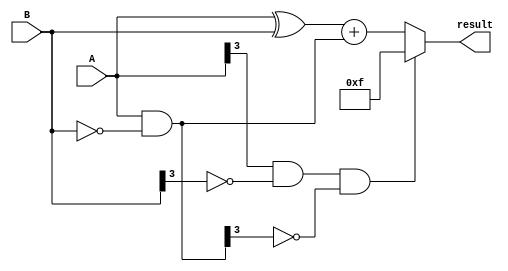
module subtractor(input [3:0] A, B, 
                  output reg [3:0] result);

  reg [3:0] diff;
  reg [3:0] borrow;
  reg overflow;

  assign diff = A ^ B;
  assign borrow = A & ~B;
  assign overflow = A[3] & ~B[3] & ~borrow[3];

  always @(*) begin
    if (overflow) begin
      result = 4'b1111;
    end else begin
      result = diff + borrow;
    end
  end

endmodule